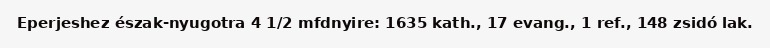
Eperjeshez észak-nyugotra 4 1/2 mfdnyire: 1635 kath., 17 evang., 1 ref., 148 zsidó lak.